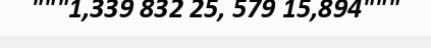
"""1,339 832 25, 579 15,894"""